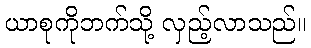
ယာစုကိုဘက်သို့ လှည့်လာသည်။